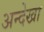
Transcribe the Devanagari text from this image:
अन्देखा